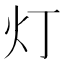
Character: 灯